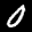
Label: 0